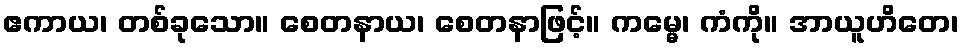
ဧကာယ၊ တစ်ခုသော။ စေတနာယ၊ စေတနာဖြင့်။ ကမ္မေ၊ ကံကို။ အာယူဟိတေ၊